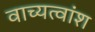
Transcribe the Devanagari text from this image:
वाच्यत्वांश